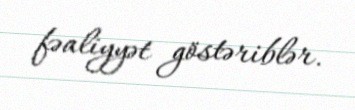
fəaliyyət göstəriblər.